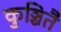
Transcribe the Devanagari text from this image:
कुञ्चितै